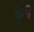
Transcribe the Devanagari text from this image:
कुुंती